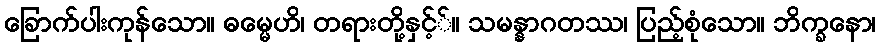
ခြောက်ပါးကုန်သော။ ဓမ္မေဟိ၊ တရားတို့နှင့််။ သမန္နာဂတဿ၊ ပြည့်စုံသော။ ဘိက္ခနော၊